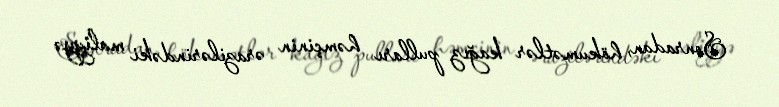
Sonradan, hökumətlər kağız pulları həmçinin ərazilərindəki maliyyə